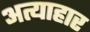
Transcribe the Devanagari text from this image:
अत्याहार